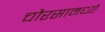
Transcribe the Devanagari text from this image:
चौरसामध्ये